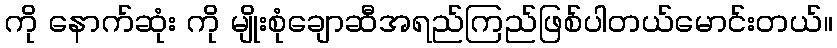
ကို နောက်ဆုံး ကို မျိုးစုံချောဆီအရည်ကြည်ဖြစ်ပါတယ်မောင်းတယ်။